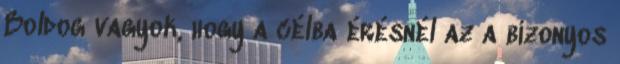
Boldog vagyok, hogy a célba érésnél az a bizonyos